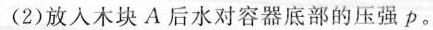
(2)放入木块A后水对容器底部的压强p。